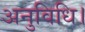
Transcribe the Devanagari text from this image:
अनुविधि।